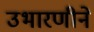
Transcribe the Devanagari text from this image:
उभारणीने